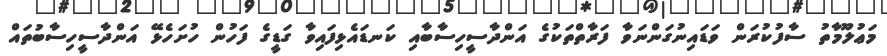
މަޢުލޫމާތު ސާފުކުރަން ވަޑައިނުގަންނަވާ ފަރާތްތަކުގެ އަންދާސީހިސާބާއި ކަނޑައެޅިފައިވާ ގަޑީގެ ފަހުން ހުށަހެޅޭ އަންދާސީހިސާބުތައް